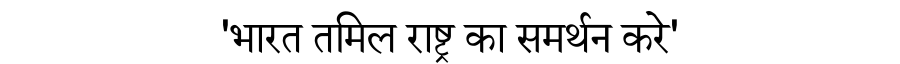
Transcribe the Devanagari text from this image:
'भारत तमिल राष्ट्र का समर्थन करे'